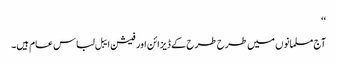
‘‘
آج مسلمانوں میں طرح طرح کے ڈیزائن اور فیشن ایبل لباس عام ہیں۔